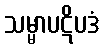
သမ္မာပဋိပဒံ